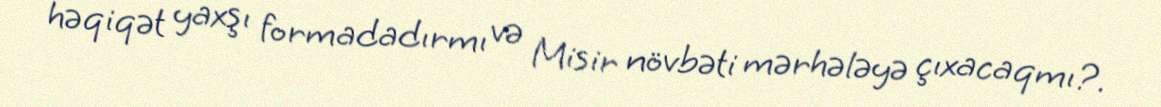
həqiqət yaxşı formadadırmı və Misir növbəti mərhələyə çıxacaqmı?.